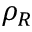
\rho _ { R }